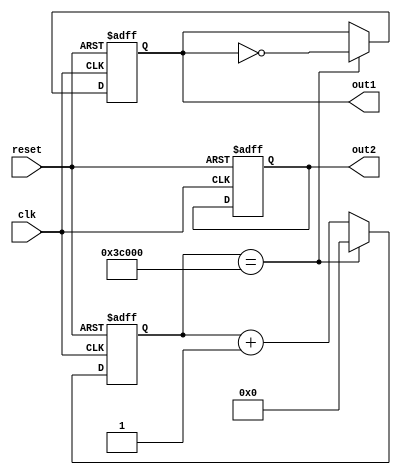
module pwm_driver(clk,reset,out1,out2);
input clk,reset;
output reg out1,out2;

// clk=49.152MHz=49152kHz=49152000Hz
// pwm frequency,49152kHz/100kHz=491
// prescale=491/2=12'd245
//more frequency low, more speed slow.
//100hz
//(49.152MHz/100Hz)/2=245760=20'd245760
parameter PRESCALE_100KHZ=20'd245760;
reg [19:0] cnt_100khz;
always @(posedge clk or posedge reset)
begin
	if(reset)
		cnt_100khz<=20'd0;
	else
		if(cnt_100khz==PRESCALE_100KHZ)
			cnt_100khz<=20'd0;
		else
			cnt_100khz<=cnt_100khz+1'b1;
end

always @(posedge clk or posedge reset)
begin
	if(reset)
		begin
			out1<=1'b0;
			out2<=1'b0;
		end
	else
		if(cnt_100khz==PRESCALE_100KHZ)
			out1<=~out1;
		else
			out1<=out1;
end
endmodule